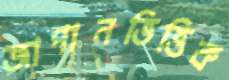
জাপানভিত্তিক